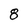
Character: 8